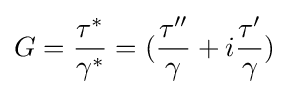
G={\frac {\tau ^{*}}{\gamma ^{*}}}=({\frac {\tau ''}{\gamma }}+i{\frac {\tau '}{\gamma }})